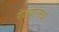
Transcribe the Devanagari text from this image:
रंज्यालव